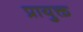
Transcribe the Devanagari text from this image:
प्रायुक्त